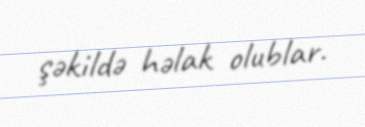
şəkildə həlak olublar.